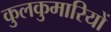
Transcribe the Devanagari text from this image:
कुलकुमारियों